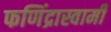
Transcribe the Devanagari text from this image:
फणिंद्रास्वामी